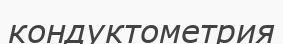
кондуктометрия